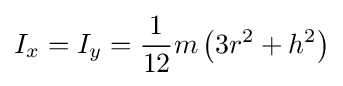
I_{x}=I_{y}={\frac {1}{12}}m\left(3r^{2}+h^{2}\right)